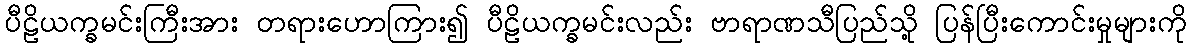
ပီဠိယက္ခမင်းကြီးအား တရားဟောကြား၍ ပီဠိယက္ခမင်းလည်း ဗာရာဏသီပြည်သို့ ပြန်ပြီးကောင်းမှုများကို